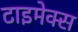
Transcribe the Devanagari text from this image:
टाइमेक्स